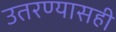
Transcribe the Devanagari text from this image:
उतरण्यासही